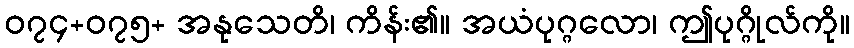
၀၇၄+၀၇၅+ အနုသေတိ၊ ကိန်း၏။ အယံပုဂ္ဂလော၊ ဤပုဂ္ဂိုလ်ကို။